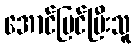
အောင်မြင်ပြီးသူ